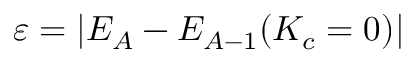
\varepsilon = | E _ { A } - E _ { A - 1 } ( K _ { c } = 0 ) |